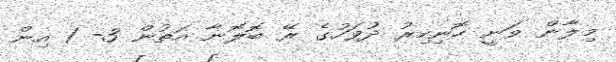
މިލާން ވަނީ ހޮނިހިރު ދުވަހުގެ ރޭ ބޮލޮނާ އަތުން 3- 1 އިން